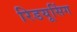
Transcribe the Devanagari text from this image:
रिडयूसिंग